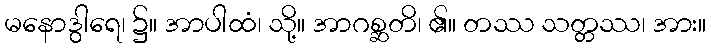
မနောဒွါရေ၊ ၌။ အာပါထံ၊ သို့။ အာဂစ္ဆတိ၊ ၏။ တဿ သတ္တဿ၊ အား။